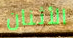
الأثنان